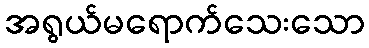
အရွယ်မရောက်သေးသော